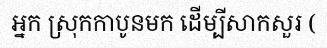
អ្នក ស្រុកកាបូនមក ដើម្បីសាកសួរ (